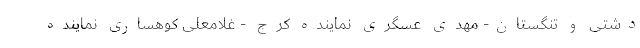
دشتی و تنگستان- مهدی عسگری نماینده کرج - غلامعلی کوهساری نماینده